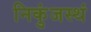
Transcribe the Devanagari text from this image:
निकुंजस्थं